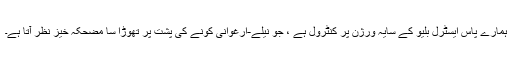
ہمارے پاس ایسٹرل بلیو کے سایہ ورژن پر کنٹرول ہے ، جو نیلے-ارغوانی کونے کی پشت پر تھوڑا سا مضحکہ خیز نظر آتا ہے۔